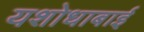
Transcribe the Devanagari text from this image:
यशोधाबाई